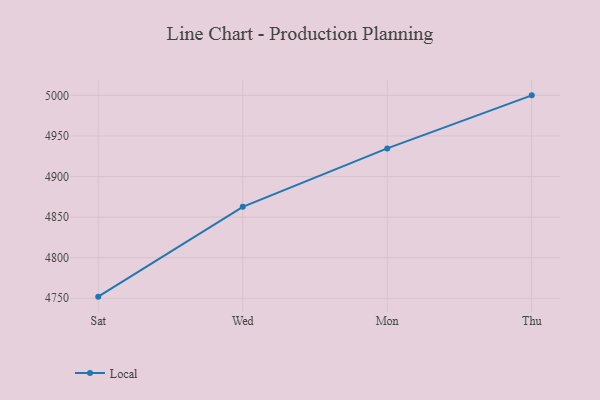
{"axis": {"x": "Day", "y": "Conversion Rate (%)"}, "legend": ["Local"], "data": [{"x": "Sat", "y": 4752.0, "type": "Local"}, {"x": "Wed", "y": 4862.7, "type": "Local"}, {"x": "Mon", "y": 4934.6, "type": "Local"}, {"x": "Thu", "y": 5000, "type": "Local"}]}